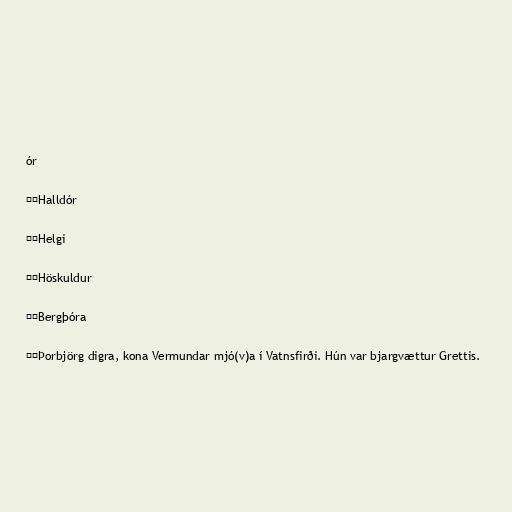
ór

├─Halldór

├─Helgi

├─Höskuldur

├─Bergþóra

╰─Þorbjörg digra, kona Vermundar mjó(v)a í Vatnsfirði. Hún var bjargvættur Grettis.